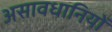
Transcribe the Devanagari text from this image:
असावधानियों